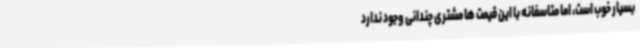
بسیار خوب است، اما متاسفانه با این قیمت ها مشتری چندانی وجود ندارد